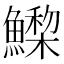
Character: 𩻳